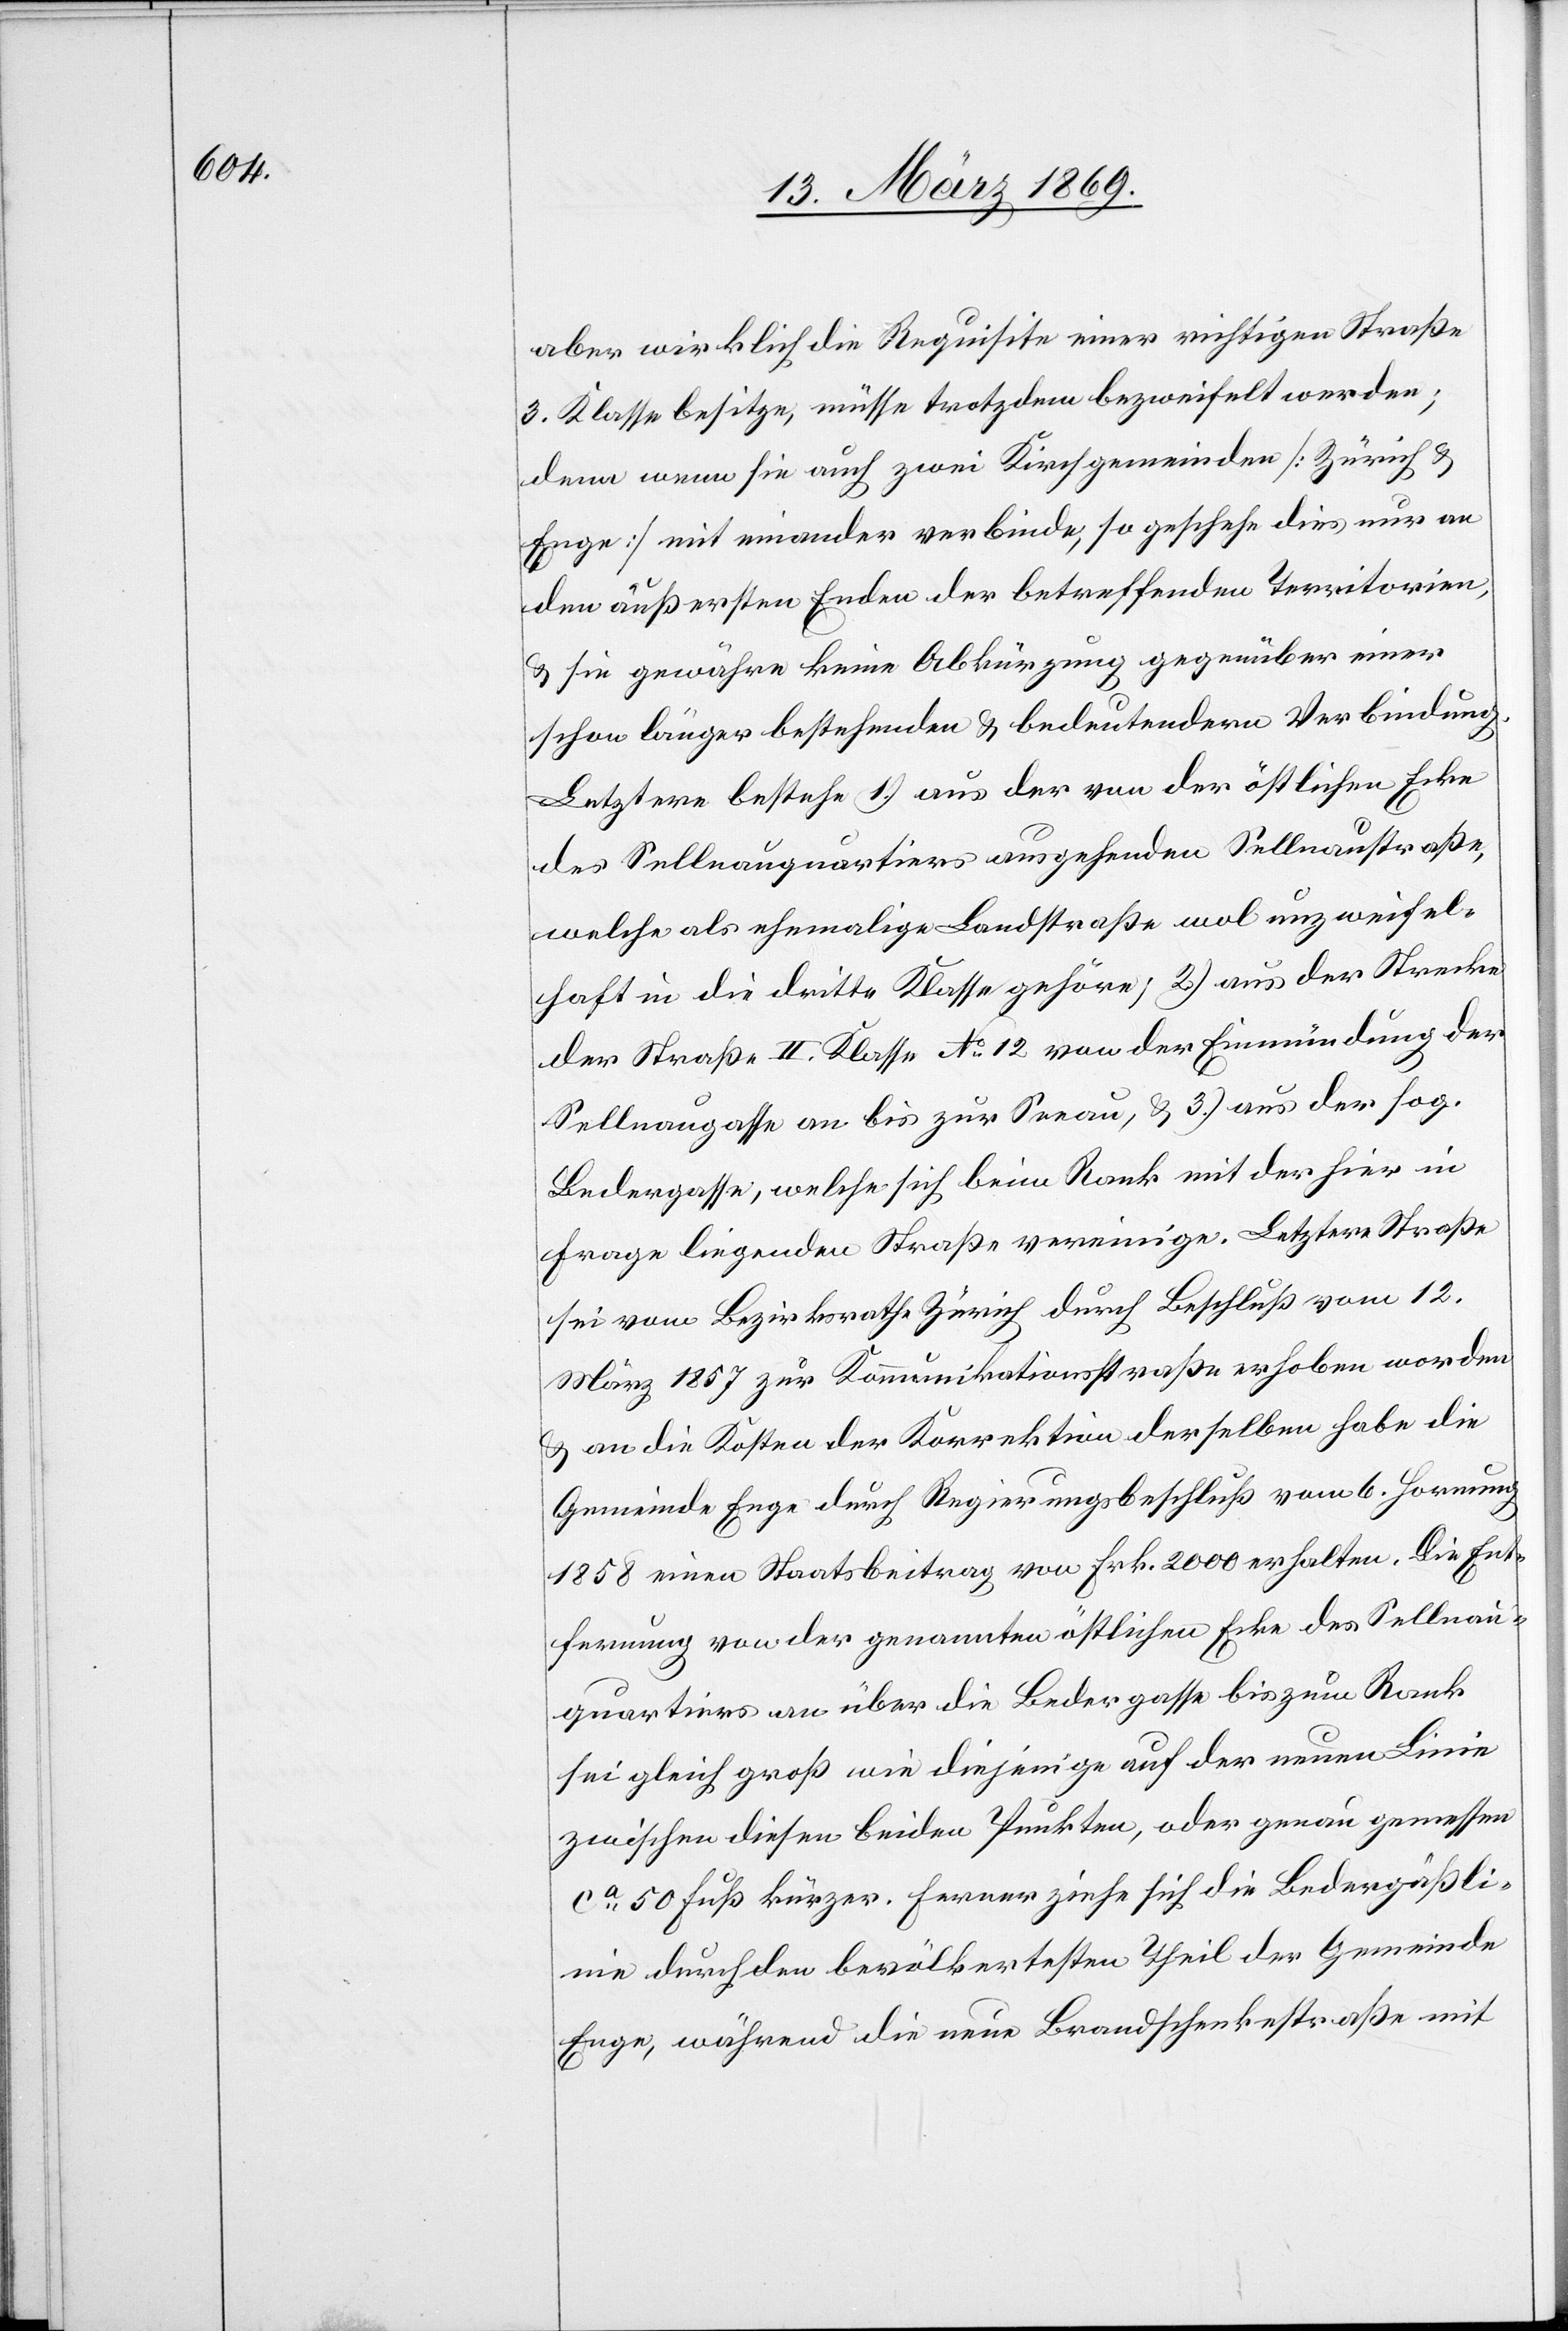
aber wirklich die Requisite einer richtigen Straße
3. Klasse besitze, müsse trotzdem bezweifelt werden;
denn wenn sie auch zwei Kirchgemeinden [Zürich &
Enge] mit einander verbinde, so geschehe dies nur an
den äußersten Enden der betreffenden Territorien,
& sie gewähre keine Abkürzung gegenüber einer
schon länger bestehenden & bedeutenden Verbindung.
Letztere bestehe 1.) aus der von der östlichen Ecke
des Sellnauquartiers ausgehenden Sellnaustraße,
welche als ehemalige Landstraße wol unzweifel¬
haft in die dritte Klasse gehöre; 2.) aus der Strecke
der Straße II Klasse N°12 von der Einmündung der
Sellnaugasse an bis zur Seeau, & 3.) aus der sog.
Bedergasse, welche sich beim Rank mit der hier in
Frage liegenden Straße vereinige. Letztere Straße
sei vom Bezirksrathe Zürich durch Beschluß vom 12.
März 1857 zur Kommunikationsstraße erhoben worden
& an die Kosten der Korrektion derselben habe die
Gemeinde Enge durch Regierungsbeschluß vom 6. Hornung
1858 einen Staatsbeitrag von Frk. 2000 erhalten. Die Ent¬
fernung von der genannten östlichen Ecke des Sellnau¬
quartiers an über die Bedergasse bis zum Rank
sei gleich groß wie diejenige auf der neuen Linie
zwischen diesen beiden Punkten, oder genau gemessen
ca 50 Fuß kürzer. Ferner ziehe sich die Bedergässli¬
nie durch den bevölkertesten Theil der Gemeinde
Enge, während die neue Brandschenkstraße mit